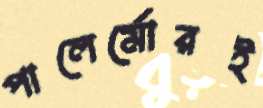
পালের্মোরই